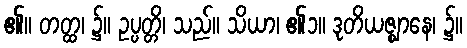
၏။ တတ္ထ၊ ၌။ ဥပ္ပတ္တိ၊ သည်။ သိယာ၊ ၏၁။ ဒုတိယဇ္ဈာနေ၊ ၌။